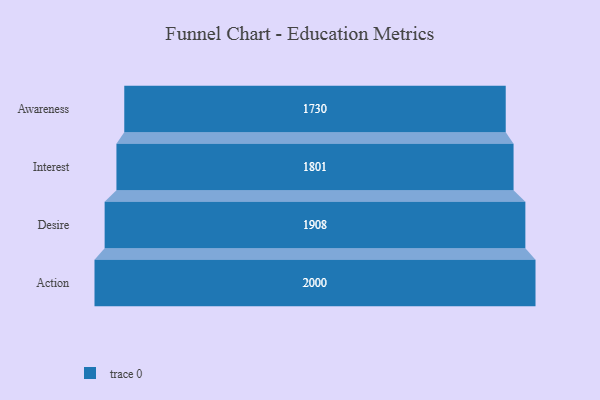
{"axis": {"x": "Stage", "y": "Value"}, "legend": [""], "data": [{"x": "Awareness", "y": 1730.0, "type": ""}, {"x": "Interest", "y": 1801.0, "type": ""}, {"x": "Desire", "y": 1908.0, "type": ""}, {"x": "Action", "y": 2000, "type": ""}]}